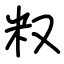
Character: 𥸩